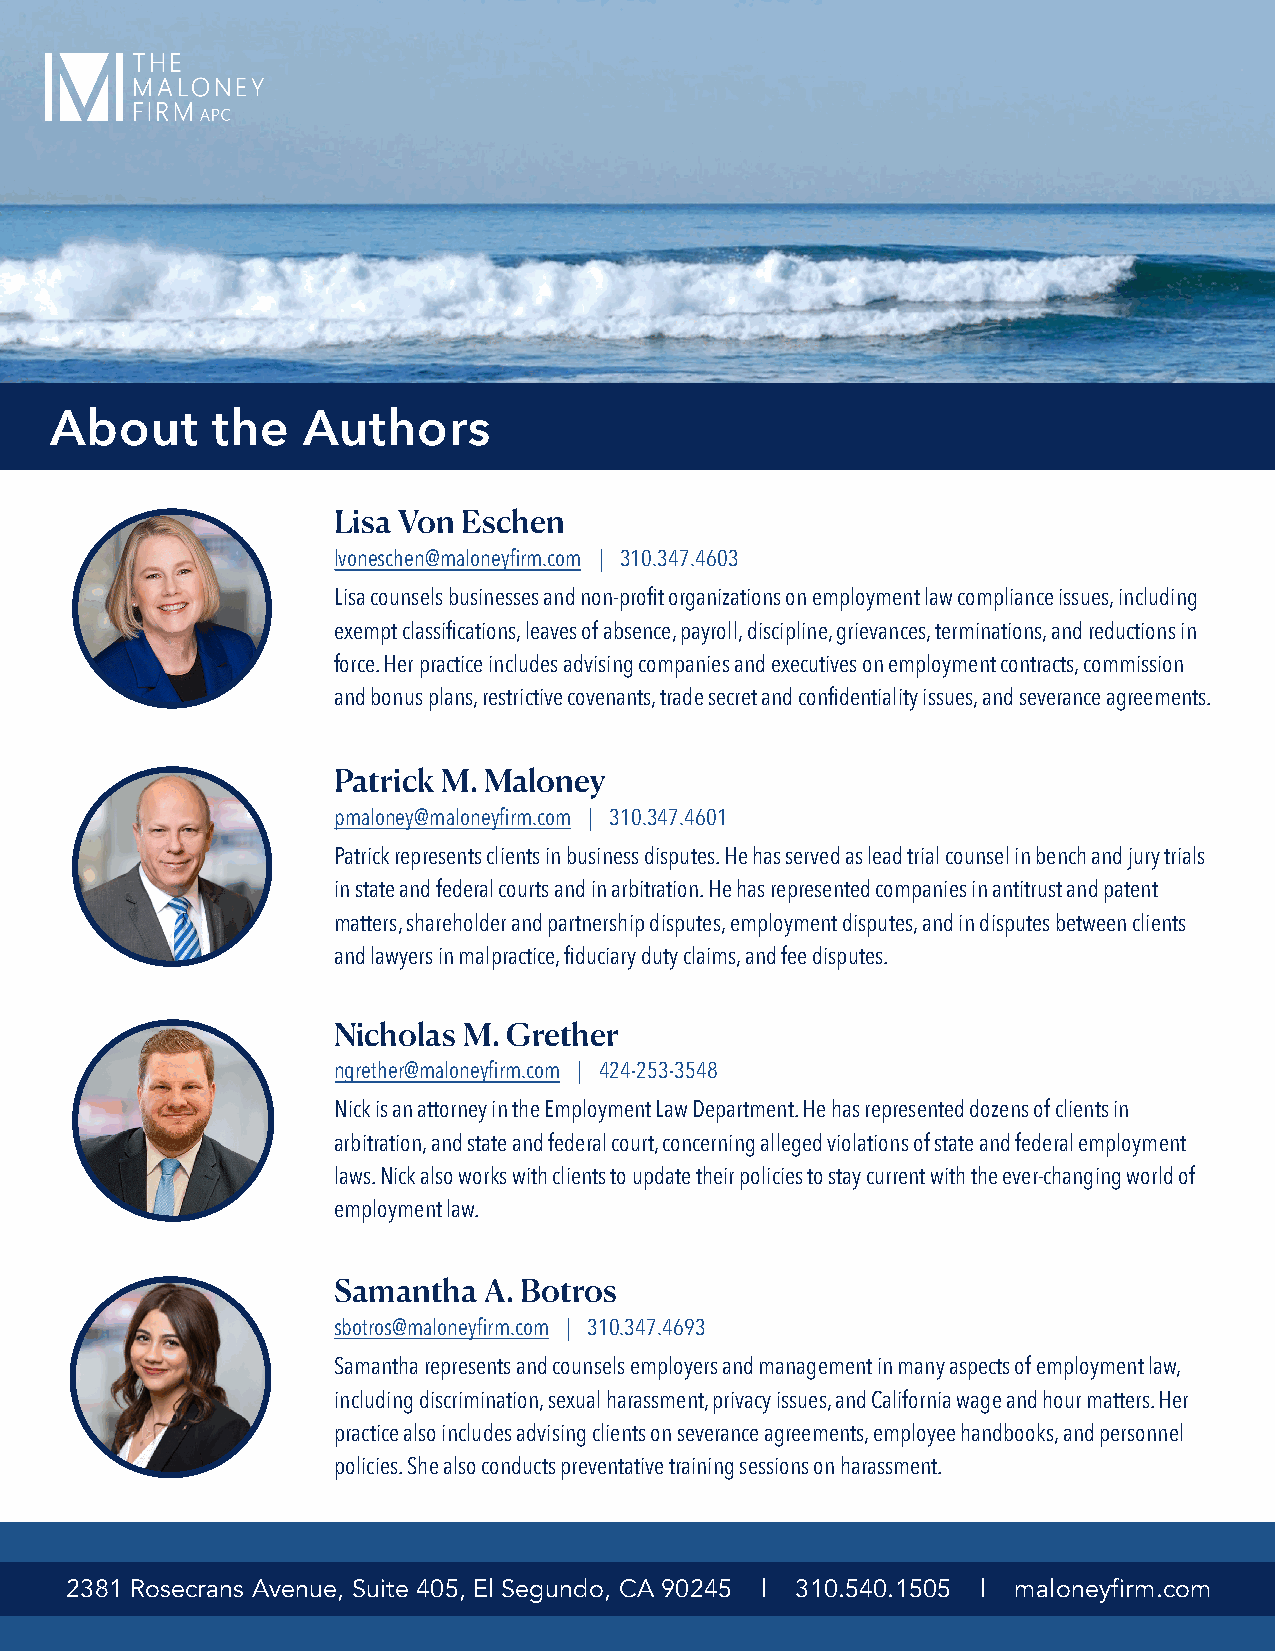
About      the   Authors
 Lisa Von Eschen
 lvoneschen@maloneyfirm.com | 310.347.4603
 Lisa counsels businesses and non-profit organizations on employment law compliance issues, including
 exempt classifications, leaves of absence, payroll, discipline, grievances, terminations, and reductions in
 force. Her practice includes advising companies and executives on employment contracts, commission
 and bonus plans, restrictive covenants, trade secret and confidentiality issues, and severance agreements.
 Patrick M. Maloney
 pmaloney@maloneyfirm.com | 310.347.4601
 Patrick represents clients in business disputes. He has served as lead trial counsel in bench and jury trials
 in state and federal courts and in arbitration. He has represented companies in antitrust and patent
 matters, shareholder and partnership disputes, employment disputes, and in disputes between clients
 and lawyers in malpractice, fiduciary duty claims, and fee disputes.
 Nicholas M. Grether
 ngrether@maloneyfirm.com | 424-253-3548
 Nick is an attorney in the Employment Law Department. He has represented dozens of clients in
 arbitration, and state and federal court, concerning alleged violations of state and federal employment
 laws. Nick also works with clients to update their policies to stay current with the ever-changing world of
 employment law.
 Samantha  A. Botros
 sbotros@maloneyfirm.com | 310.347.4693
 Samantha represents and counsels employers and management in many aspects of employment law,
 including discrimination, sexual harassment, privacy issues, and California wage and hour matters. Her
 practice also includes advising clients on severance agreements, employee handbooks, and personnel
 policies. She also conducts preventative training sessions on harassment.
 The Maloney Firm, APC                     2022 Employment Law Update 19
 2381 Rosecrans Avenue, Suite 405, El Segundo, CA 90245 | 310.540.1505 | maloneyfirm.com